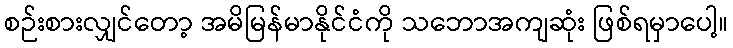
စဉ်းစားလျှင်တော့ အမိမြန်မာနိုင်ငံကို သဘောအကျဆုံး ဖြစ်ရမှာပေါ့။